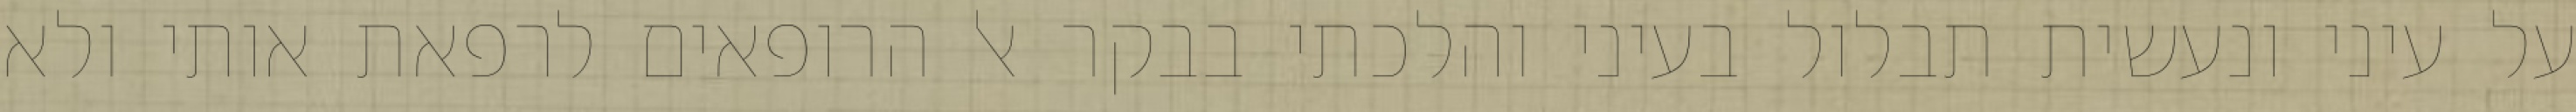
על עיני ונעשית תבלול בעיני והלכתי בבקר אל הרופאים לרפאת אותי ולא